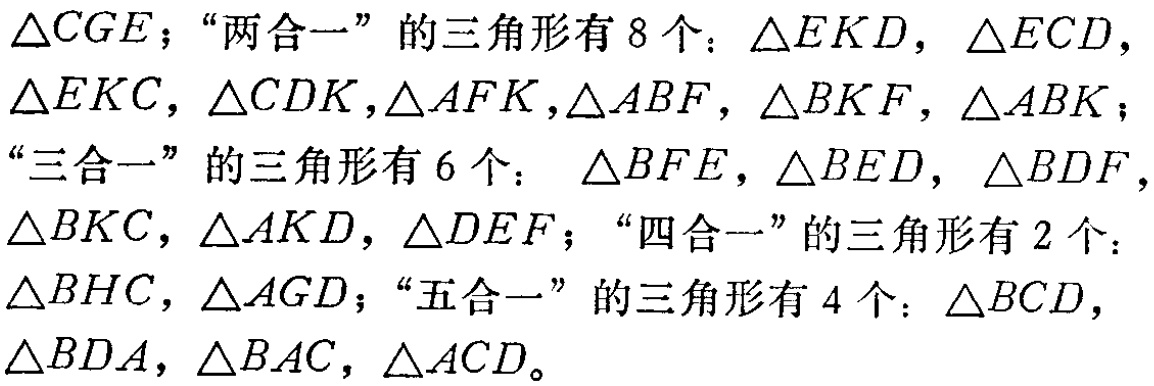
$\triangle CGE$；“两合一”的三角形有8个：$\triangle EKD$，$\triangle ECD$，$\triangle EKC$，$\triangle CDK$,$\triangle AFK$,$\triangle ABF$，$\triangle BKF$，$\triangle ABK$；“三合一”的三角形有6个： $\triangle BFE$，$\triangle BED$，$\triangle BDF$，$\triangle BKC$，$\triangle AKD$，$\triangle DEF$；“四合一”的三角形有2个：$\triangle BHC$，$\triangle AGD$；“五合一” 的三角形有4个：$\triangle BCD$，$\triangle BDA$，$\triangle BAC$，$\triangle ACD$。